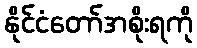
နိုင်ငံတော်အစိုးရကို